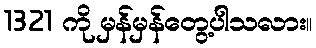
1321 ကို မှန်မှန်တွေ့ပါသလား။